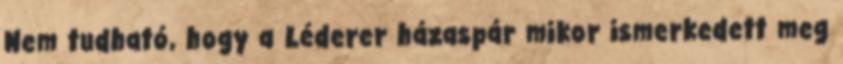
Nem tudható, hogy a Léderer házaspár mikor ismerkedett meg